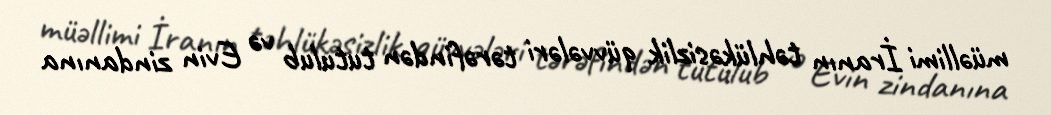
müəllimi İranın təhlükəsizlik qüvvələri tərəfindən tutulub və Evin zindanına